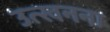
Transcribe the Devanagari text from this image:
उत्खनना